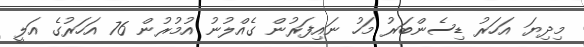
މިދިޔަ އަހަރު ޑިސެންބަރު މަހު ނައިފަރުން ގެއްލުނު އުމުރުން 76 އަހަރުގެ އަލީ